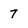
Character: 7